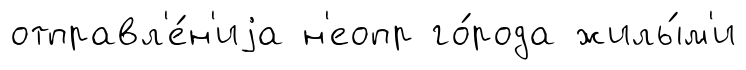
отправл'е́н'иjа н'еопр го́рода жилы́м'и